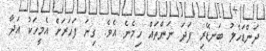
ދަންޑަހެލު ބަނޑޭރި ފަދަ ނަންތައް ހިމެނެ އެވެ. ގިނަ ފަހަރަށް އެމީހަކު އަދާ